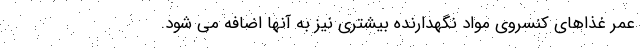
عمر غذاهای کنسروی مواد نگهدارنده بیشتری نیز به آنها اضافه می شود.